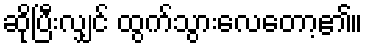
ဆိုပြီးလျှင် ထွက်သွားလေတော့၏။